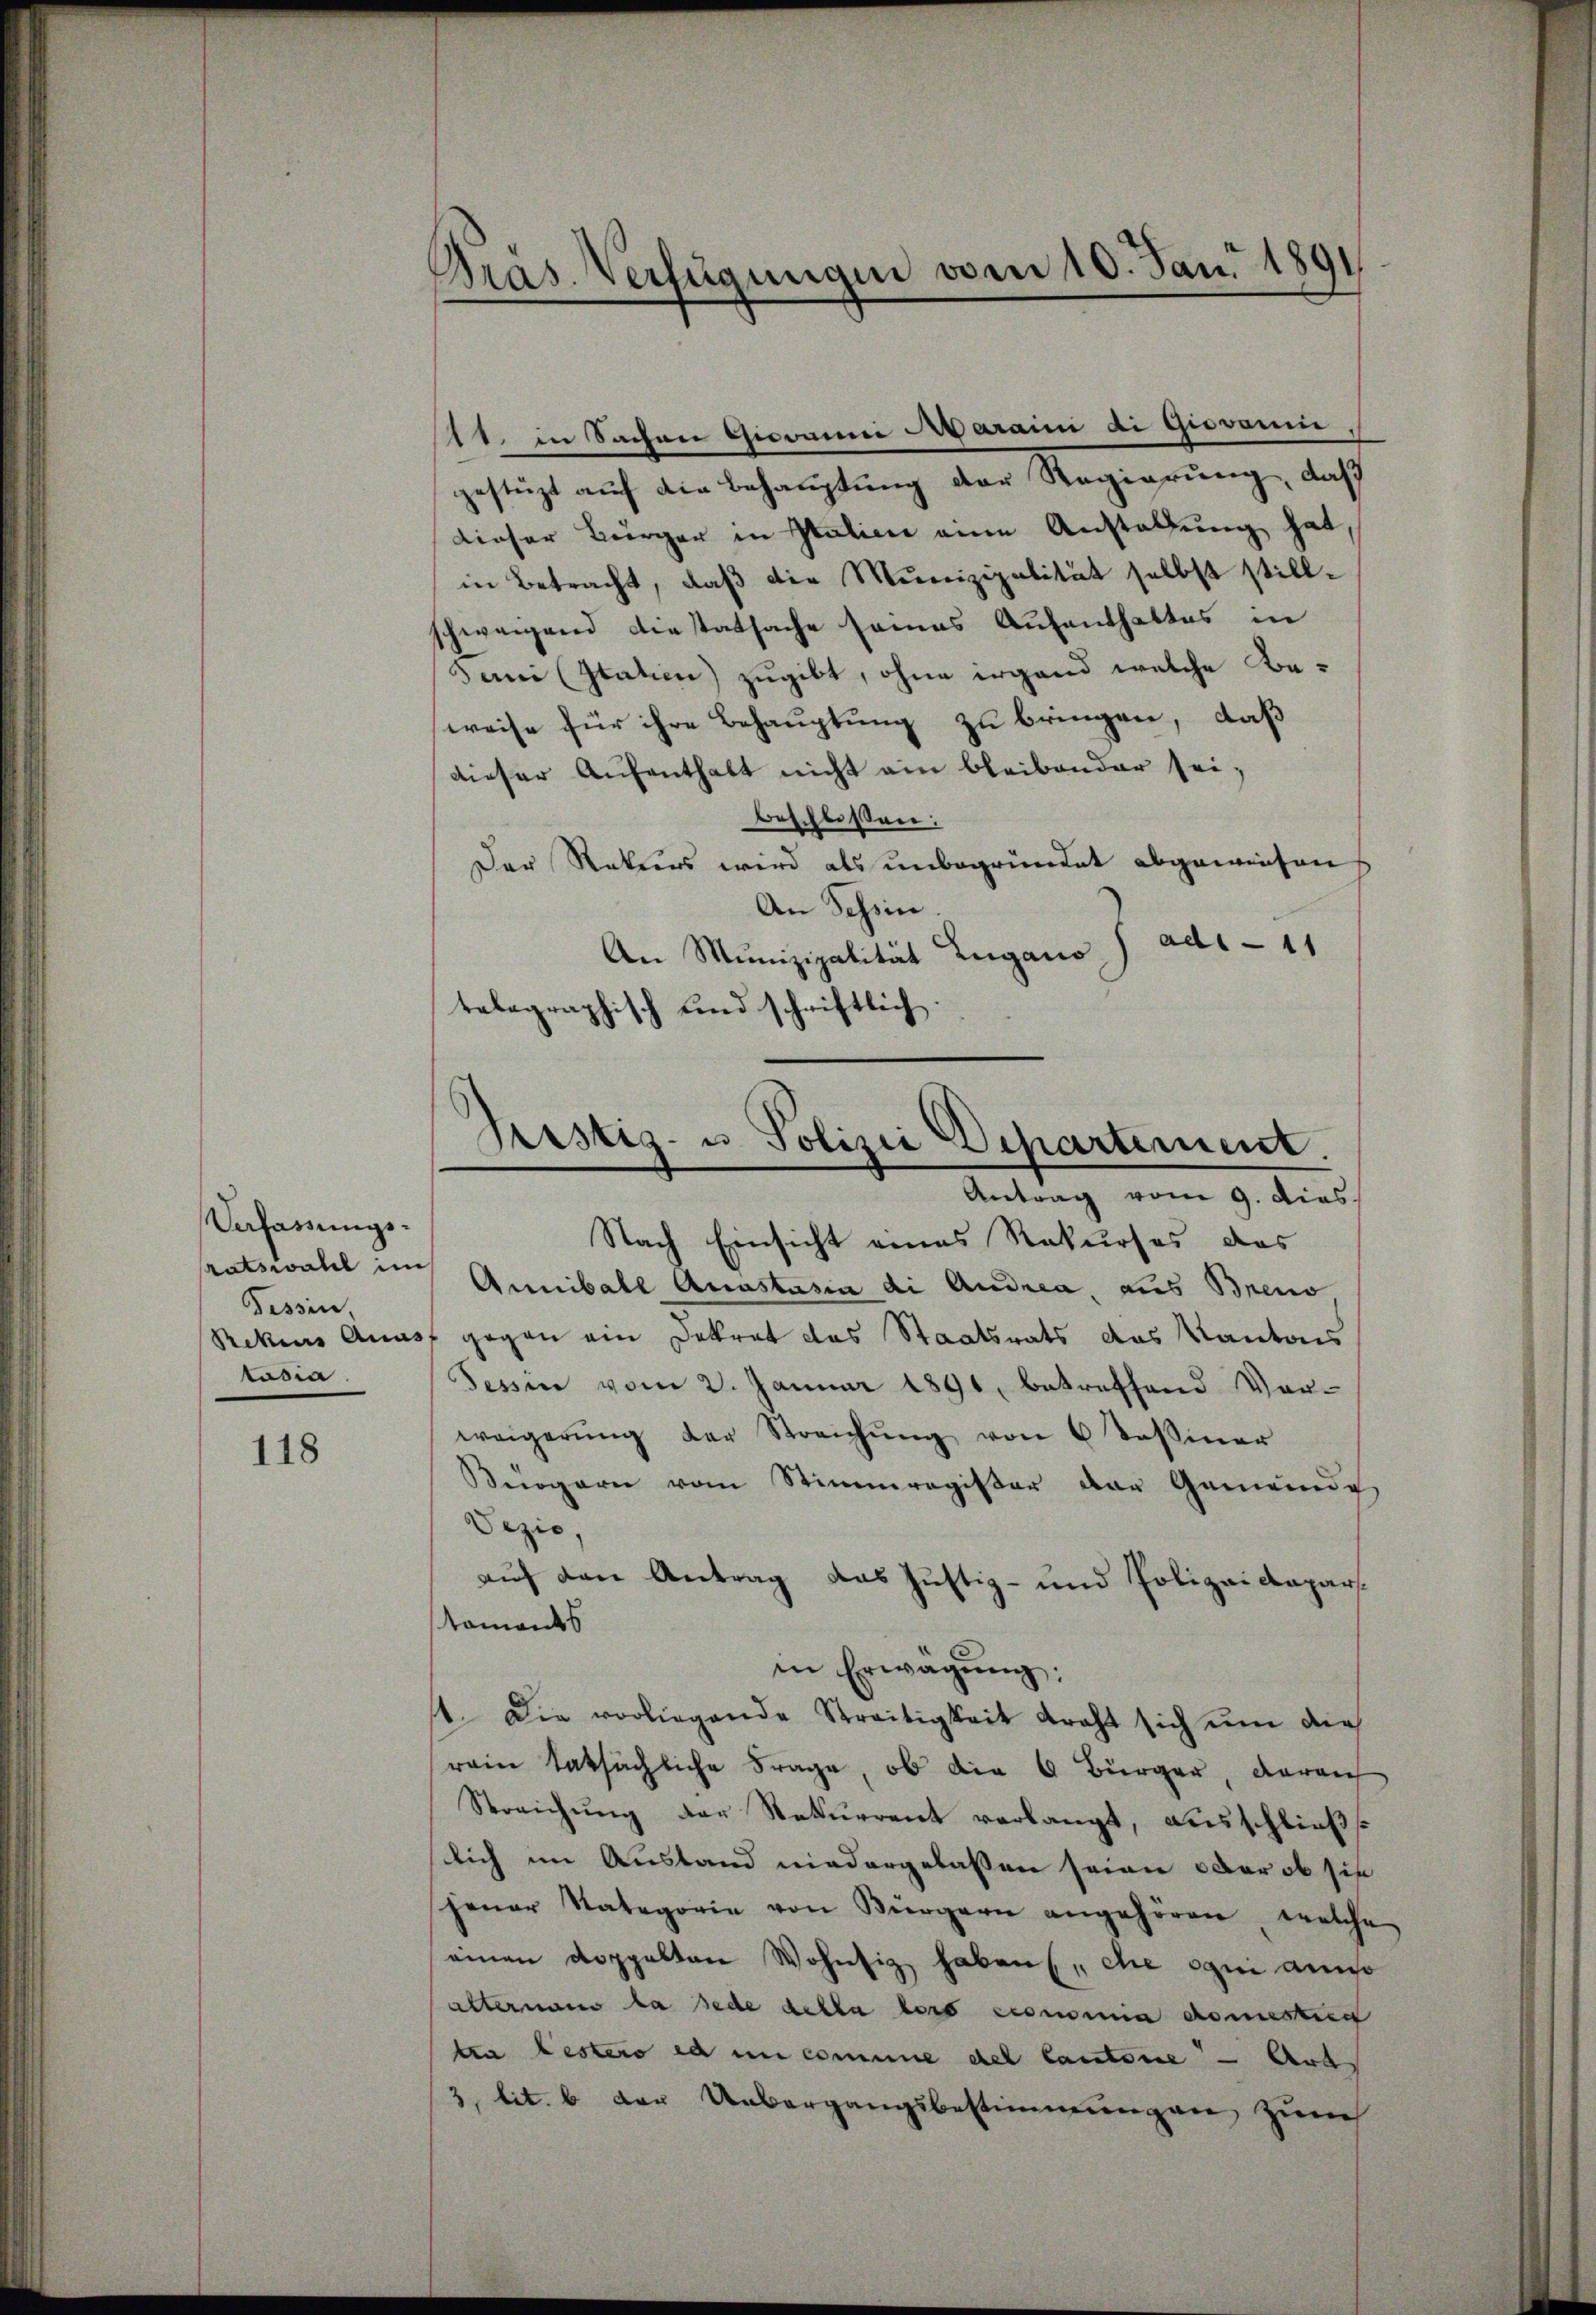
Verfassungsratswahl im
Tessin,
tasia

118

Präs. Verfügungen vom 10. Jan. 1891

1. in Sachen Giovanni Aaraini di Giovanie
gestüzt auf die Behauptung der Regierung, daß
dieser Bürger in Italien eine Anstallung hat
in Betracht, daß die Munizipalität selbst stillschweigend diestatsache seines Aufenthaltes in
Juni (Statien) zugibt, ohne irgend welche Beweise für ihre Behauptung zu bringen, daß
dieser Aufenthalt nicht ein bleibender seibeschloßen:
Der Rekurs wird als unbegründet abgewiesen
An Tessin.
An Munizipalität Lugano J ads - 11
tabagraphisch und schriftlich.

Sistig- u. Polizei Departement.
Antrag vom 9. dies

Nach Einsicht eines Rekurses das
Annibale Anastasia di Andrea aus Breno
Rekes Anast gegen ein Dekret das Staatsrats das Kantons
Tessin vom 2. Januar 1891, betreffend Vor-
weigerŭng der Streichŭng von 6 Sessiner
Bürgern vom Stimmregister der Gemeinde
Dezio,
auf den Antrag das Justiz- und Polizeidepartaments
in Erwägŭng:
st. Die vorliegende Streitigkeit kraft sich ŭm die
rein tatsächliche Frage, ob die 6 Bürger, darau
Streichung der Rekurrent verlangt, ausschließ.
lich im Ausland niedergelassen seien, oder ob sie
jener Nategorie von Bürgern angehören, welche
einen doppelten Wohnsiz haben, ce qui anno
alternam da jede della lors conomia domestien
ten bestero ed in comme del Cantone — Art
3 lit. b der Uebergangsbestimmungen zum